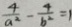
\frac { 4 } { a ^ { 2 } } - \frac { 4 } { b ^ { 2 } } = 1